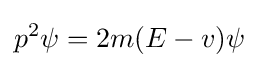
p^{2}\psi =2m(E-v)\psi